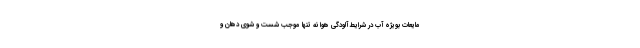
مایعات بویژه آب در شرایط آلودگی هوا نه تنها موجب شست و شوی دهان و